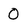
Character: 0